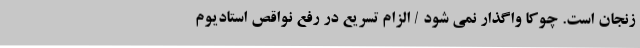
زنجان است. چوکا واگذار نمی شود / الزام تسریع در رفع نواقص استادیوم